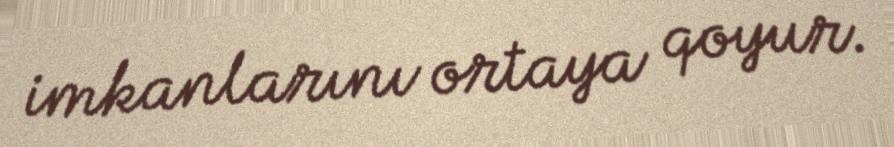
imkanlarını ortaya qoyur.